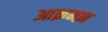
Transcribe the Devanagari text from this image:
आक्रमऩ